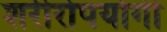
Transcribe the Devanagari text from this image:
शरीरोपयोगी